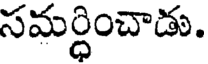
సమర్ధించాడు.